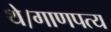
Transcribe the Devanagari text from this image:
थे।गाणपत्य